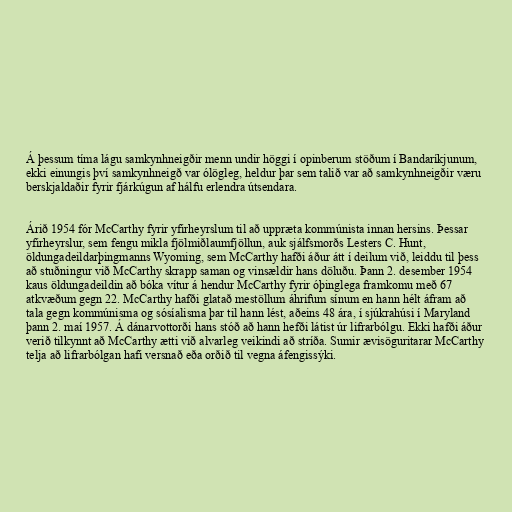
Á þessum tíma lágu samkynhneigðir menn undir höggi í opinberum stöðum í Bandaríkjunum,
ekki einungis því samkynhneigð var ólögleg, heldur þar sem talið var að samkynhneigðir væru
berskjaldaðir fyrir fjárkúgun af hálfu erlendra útsendara.

Árið 1954 fór McCarthy fyrir yfirheyrslum til að uppræta kommúnista innan hersins. Þessar
yfirheyrslur, sem fengu mikla fjölmiðlaumfjöllun, auk sjálfsmorðs Lesters C. Hunt,
öldungadeildarþingmanns Wyoming, sem McCarthy hafði áður átt í deilum við, leiddu til þess
að stuðningur við McCarthy skrapp saman og vinsældir hans döluðu. Þann 2. desember 1954
kaus öldungadeildin að bóka vítur á hendur McCarthy fyrir óþinglega framkomu með 67
atkvæðum gegn 22. McCarthy hafði glatað mestöllum áhrifum sínum en hann hélt áfram að
tala gegn kommúnisma og sósíalisma þar til hann lést, aðeins 48 ára, í sjúkrahúsi í Maryland
þann 2. maí 1957. Á dánarvottorði hans stóð að hann hefði látist úr lifrarbólgu. Ekki hafði áður
verið tilkynnt að McCarthy ætti við alvarleg veikindi að stríða. Sumir ævisöguritarar McCarthy
telja að lifrarbólgan hafi versnað eða orðið til vegna áfengissýki.